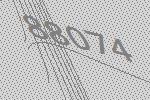
88074